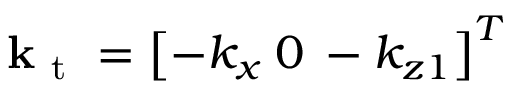
\mathbf { k } _ { \mathrm { ~ t ~ } } = \left[ - k _ { x } \: 0 \: - { k _ { z 1 } } \right] ^ { T }